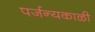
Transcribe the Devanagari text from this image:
पर्जन्यकाळी